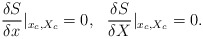
\begin{align*}\frac{\delta S}{\delta x}|_{x_c,X_c} = 0, \ \ \frac{\delta S}{\delta X}|_{x_c,X_c} = 0.\end{align*}